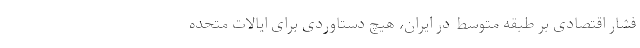
فشار اقتصادی بر طبقه متوسط در ایران، هیچ دستاوردی برای ایالات متحده